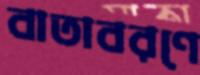
বাতাবরণে